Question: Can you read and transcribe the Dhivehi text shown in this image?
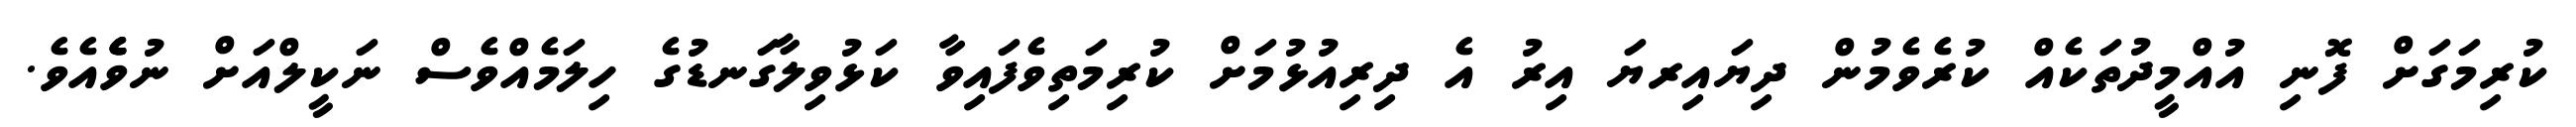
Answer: ކުރިމަގަށް ފޮނި އުއްމީދުތަކެއް ކުރެވެމުން ދިޔައިރޔަ އިރު އެ ދިރިއުޅުމަށް ކުރިމަތިވެފައިވާ ކަޅުވިލާގަނޑުގެ ހިލަމެއްވެސް ނަކީލްއަށް ނުވެެެއެވެ.